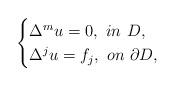
LaTeX: \begin{align*}\begin{cases}\Delta^{m}u=0,\,\,in\,\, D,\\ \Delta^{j}u=f_{j},\,\,on\,\,\partial D,\end{cases} \end{align*}